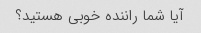
آیا شما راننده خوبی هستید؟